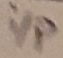
Text: i/p